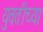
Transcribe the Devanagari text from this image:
युवतीच्या